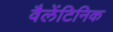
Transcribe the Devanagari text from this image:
वैलेंटिनिक